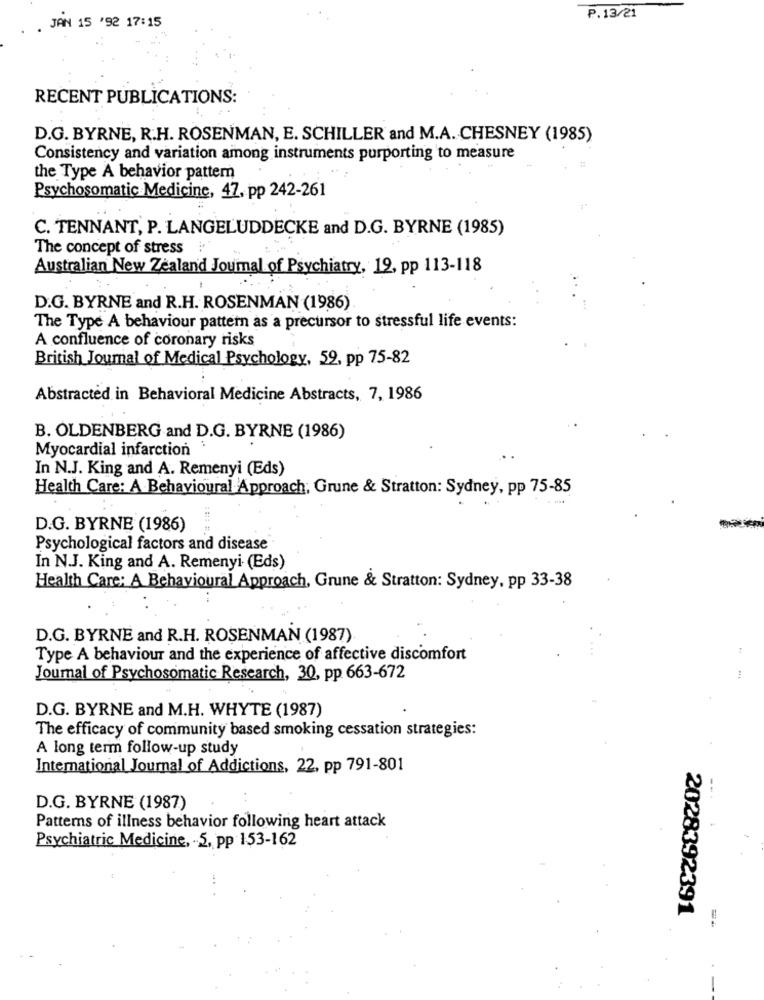
P.13/21
JAN 15 '92 17:15
RECENT PUBLICATIONS:
D.G. BYRNE, R.H. ROSENMAN, E. SCHILLER and M.A. CHESNEY (1985)
Consistency and variation among instruments purporting to measure
the Type A behavior pattern
Psychosomatic Medicine, 47, pp 242-261
C. TENNANT, P. LANGELUDDECKE and D.G. BYRNE (1985)
The concept of stress !
Australian New Zealand Journal of Psychiatry, 19, pp 113-118
D.G. BYRNE and R.H. ROSENMAN (1986)
The Type A behaviour pattern as a precursor to stressful life events:
A confluence of coronary risks
British Journal of Medical Psychology, 59, pp 75-82
Abstracted in Behavioral Medicine Abstracts, 7, 1986
B. OLDENBERG and D.G. BYRNE (1986)
Myocardial infarction
In N.J. King and A. Remenyi (Eds)
Health Care: A Behavioural Approach, Grune & Stratton: Sydney, pp 75-85
D.G. BYRNE (1986)
Psychological factors and disease
In NJ. King and A. Remenyi (Eds)
Health Care; A Behavioural Approach, Grune & Stratton: Sydney, pp 33-38
D.G. BYRNE and R.H. ROSENMAN (1987)
Type A behaviour and the experience of affective discomfort
Journal of Psychosomatic Research, 30, pp 663-672
D.G. BYRNE and M.H. WHYTE (1987)
The efficacy of community based smoking cessation strategies:
A long term follow-up study
International Journal of Addictions, 22, pp 791-801
D.G. BYRNE (1987)
Patterns of illness behavior following heart attack
Psychiatric Medicine, - 5, pp 153-162
2028392391